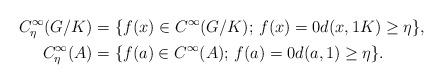
LaTeX: \begin{align*}C^\infty_\eta(G/K)&=\{f(x)\in C^\infty(G/K);\,f(x)=0d(x,1K)\ge \eta\},\\C^\infty_\eta(A)&=\{f(a)\in C^\infty(A);\,f(a)=0d(a,1)\ge \eta\}.\end{align*}